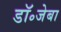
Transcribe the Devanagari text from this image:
डॉ॰जेबा